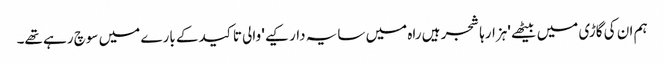
ہم ان کی گاڑی میں بیٹھے 'ہزارہا شجر ہیں راہ میں سایہ دار کیے' والی تاکید کے بارے میں سوچ رہے تھے۔